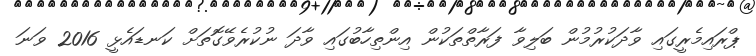
ޕްރައިމެރީގައި ވާދަކުރުމުން ބަލިވާ ފަރާތްތަކުން އިންތިހާބުގައި ވާދަ ނުކުރެވޭގޮތަށް ކަނޑައެޅީ 2016 ވަނަ